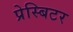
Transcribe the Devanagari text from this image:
प्रेस्बिटर